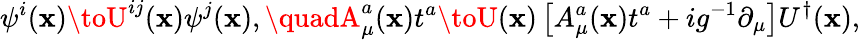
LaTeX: \psi^{i}(\mathbf{x})\toU^{ij}(\mathbf{x})\psi^{j}(\mathbf{x}),\quadA_{\mu}^{a}(\mathbf{x})t^{a}\toU(\mathbf{x})\left[A_{\mu}^{a}(\mathbf{x})t^{a}+ig^{-1}\partial_{\mu}\right]U^{\dagger}(\mathbf{x}),